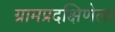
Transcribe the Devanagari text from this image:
ग्रामप्रदक्षिणेला